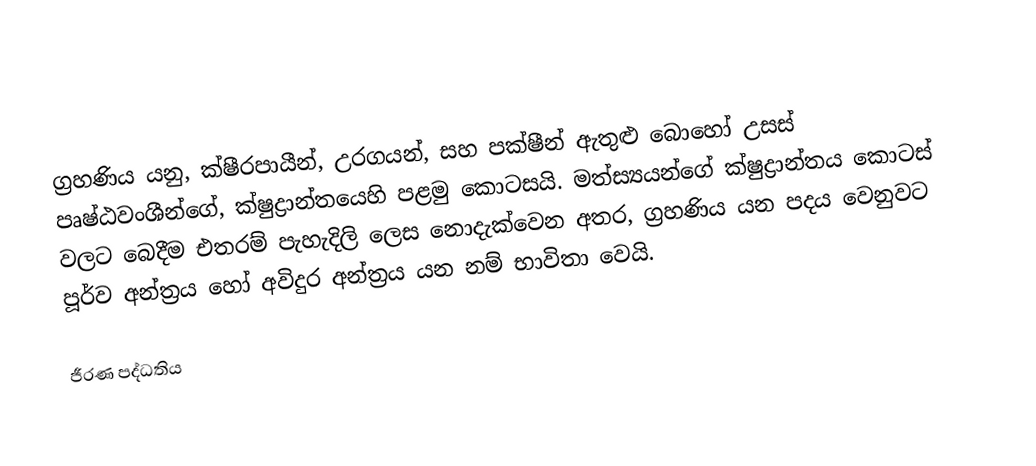
ග්‍රහණිය යනු,  ක්ෂීරපායීන්, උරගයන්, සහ පක්ෂීන් ඇතුළු බොහෝ උසස් පෘෂ්ඨවංශීන්ගේ, ක්ෂුද්‍රාන්තයෙහි පළමු කොටසයි. මත්ස්‍යයන්ගේ ක්ෂුද්‍රාන්තය කොටස් වලට බෙදීම එතරම් පැහැදිලි ලෙස නොදැක්වෙන අතර, ග්‍රහණිය යන පදය වෙනුවට පූර්ව අන්ත්‍රය හෝ අවිදුර අන්ත්‍රය යන නම් භාවිතා වෙයි.

ජීරණ පද්ධතිය